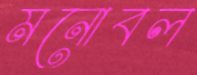
মনোবল